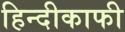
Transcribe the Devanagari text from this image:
हिन्दीकाफी